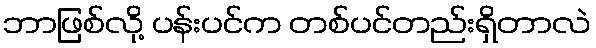
ဘာဖြစ်လို့ ပန်းပင်က တစ်ပင်တည်းရှိတာလဲ